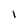
Character: 1